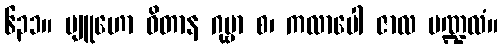
၆၃၁။ ဗျူဟော ဝိတာန ဂုမ္ဗာ စ၊ ကလာပေါ ဇာလ မဏ္ဍလံ။